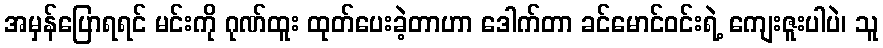
အမှန်ပြောရရင် မင်းကို ဂုဏ်ထူး ထုတ်ပေးခဲ့တာဟာ ဒေါက်တာ ခင်မောင်ဝင်းရဲ့ ကျေးဇူးပါပဲ၊ သူ